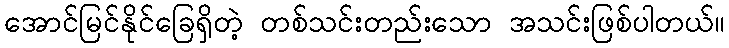
အောင်မြင်နိုင်ခြေရှိတဲ့ တစ်သင်းတည်းသော အသင်းဖြစ်ပါတယ်။